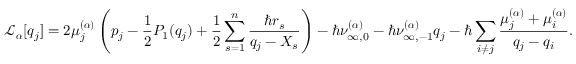
\mathcal { L } _ { \boldsymbol { \alpha } } [ q _ { j } ] = 2 \mu _ { j } ^ { ( \boldsymbol { \alpha } ) } \left( p _ { j } - \frac { 1 } { 2 } P _ { 1 } ( q _ { j } ) + \frac { 1 } { 2 } \sum _ { s = 1 } ^ { n } \frac { \hbar r _ { s } } { q _ { j } - X _ { s } } \right) - \hbar \nu _ { \infty , 0 } ^ { ( \boldsymbol { \alpha } ) } - \hbar \nu _ { \infty , - 1 } ^ { ( \boldsymbol { \alpha } ) } q _ { j } - \hbar \sum _ { i \neq j } \frac { \mu _ { j } ^ { ( \boldsymbol { \alpha } ) } + \mu _ { i } ^ { ( \boldsymbol { \alpha } ) } } { q _ { j } - q _ { i } } .